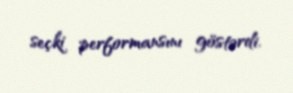
seçki performansını göstərdi.